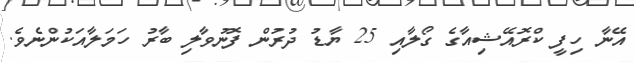
އޭނާ ހިފީ ކްރޮއޭޝިއާގެ ގޯލާއި 25 ޔާޑު ދުރުން ފޮނުވާލި ބާރު ހަމަލާއަކުންނެވެ.